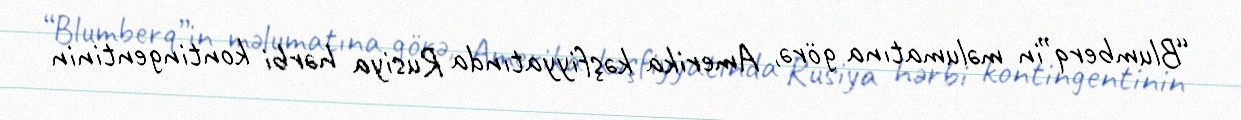
“Blumberq”in məlumatına görə, Amerika kəşfiyyatında Rusiya hərbi kontingentinin